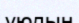
ұюдың